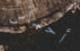
أحساس